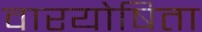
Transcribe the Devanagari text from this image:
वारयोषिता